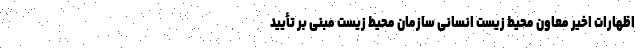
اظهارات اخیر معاون محیط زیست انسانی سازمان محیط زیست مبنی بر تأیید